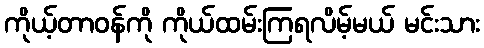
ကိုယ့်တာဝန်ကို ကိုယ်ထမ်းကြရလိမ့်မယ် မင်းသား